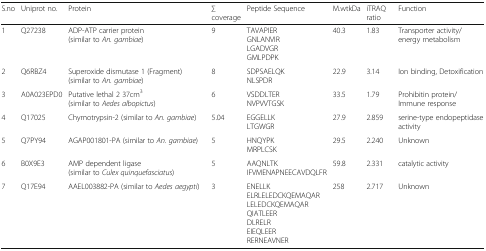
<table><thead><tr><td><b>S.no</b></td><td><b>Uniprot no.</b></td><td><b>Protein</b></td><td><b>∑ coverage</b></td><td><b>Peptide Sequence</b></td><td><b>M.wtkDa</b></td><td><b>iTRAQ ratio</b></td><td><b>Function</b></td></tr></thead><tbody><tr><td>1</td><td>Q27238</td><td>ADP-ATP carrier protein (similar to <i>An. gambiae</i>)</td><td>9</td><td>TAVAPIERGNLANVIRLGADVGRGMLPDPK</td><td>40.3</td><td>1.83</td><td>Transporter activity/energy metabolism</td></tr><tr><td>2</td><td>Q6RBZ4</td><td>Superoxide dismutase 1 (Fragment) (similar to <i>An. gambiae</i>)</td><td>8</td><td>SDPSAELQKNLSPDR</td><td>22.9</td><td>3.14</td><td>Ion binding, Detoxification</td></tr><tr><td>3</td><td>A0A023EPD0</td><td>Putative lethal 2 37cm<sup>3</sup> (similar to <i>Aedes albopictus</i>)</td><td>6</td><td>VSDDLTERNVPVVTGSK</td><td>33.5</td><td>1.79</td><td>Prohibitin protein/ Immune response</td></tr><tr><td>4</td><td>Q17025</td><td>Chymotrypsin-2 (similar to <i>An. gambiae</i>)</td><td>5.04</td><td>EGGELLKLTGWGR</td><td>27.9</td><td>2.859</td><td>serine-type endopeptidase activity</td></tr><tr><td>5</td><td>Q7PY94</td><td>AGAP001801-PA (similar to <i>An. gambiae</i>)</td><td>5</td><td>HNQYPKMRPLCSK</td><td>29.5</td><td>2.240</td><td>Unknown</td></tr><tr><td>6</td><td>B0X9E3</td><td>AMP dependent ligase (similar to <i>Culex quinquefasciatus</i>)</td><td>5</td><td>AAQNLTKIFVMENAPNEECAVDQLFR</td><td>59.8</td><td>2.331</td><td>catalytic activity</td></tr><tr><td>7</td><td>Q17E94</td><td>AAEL003882-PA (similar to <i>Aedes aegypti</i>)</td><td>3</td><td>ENELLKELRLELEDCKQEMAQARLELEDCKQEMAQARQIATLEERDLRELREIEQLEERRERNEAVNER</td><td>258</td><td>2.717</td><td>Unknown</td></tr></tbody></table>